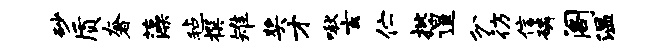
砂质奢藻毡撰雉奖才啾玄伫批遑分彷信磷阁温